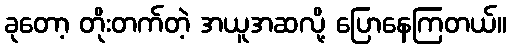
ခုတော့ တိုးတက်တဲ့ အယူအဆလို့ ပြောနေကြတယ်။